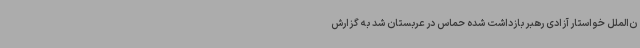
ن‌الملل خواستار آزادی رهبر بازداشت شده حماس در عربستان شد به گزارش